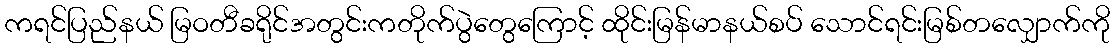
ကရင်ပြည်နယ် မြဝတီခရိုင်အတွင်းကတိုက်ပွဲတွေကြောင့် ထိုင်းမြန်မာနယ်စပ် သောင်ရင်းမြစ်တလျှောက်ကို